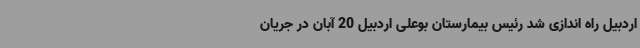
اردبیل راه اندازی شد رئیس بیمارستان بوعلی اردبیل 20 آبان در جریان